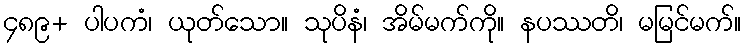
၄၈၉+ ပါပကံ၊ ယုတ်သော။ သုပိနံ၊ အိမ်မက်ကို။ နပဿတိ၊ မမြင်မက်။